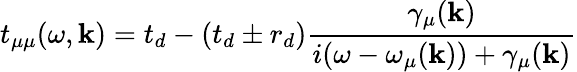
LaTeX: t_{\mu\mu}(\omega,\mathbf{k})=t_{d}-(t_{d}\pm r_{d})\frac{\gamma_{\mu}(\mathbf{k})}{i(\omega-\omega_{\mu}(\mathbf{k}))+\gamma_{\mu}(\mathbf{k})}